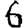
Digit: 6